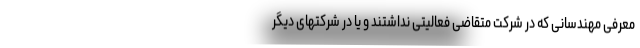
معرفی مهندسانی که در شرکت متقاضی فعالیتی نداشتند و یا در شرکتهای دیگر